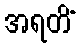
အရတိံ